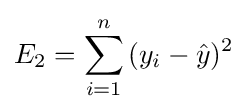
E_{2}=\sum _{i=1}^{n}{(y_{i}-{\hat {y}})^{2}}